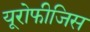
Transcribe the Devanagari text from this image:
यूरोफीजिस